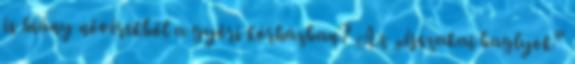
is hiány nővérekből a győri kórházban? Az „éjszakai baglyok”